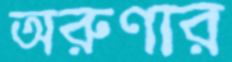
অরুণার